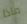
ماذا